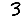
Digit: 3